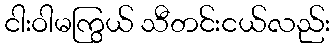
ငါးဝါမကြွယ် သီတင်းငယ်လည်း